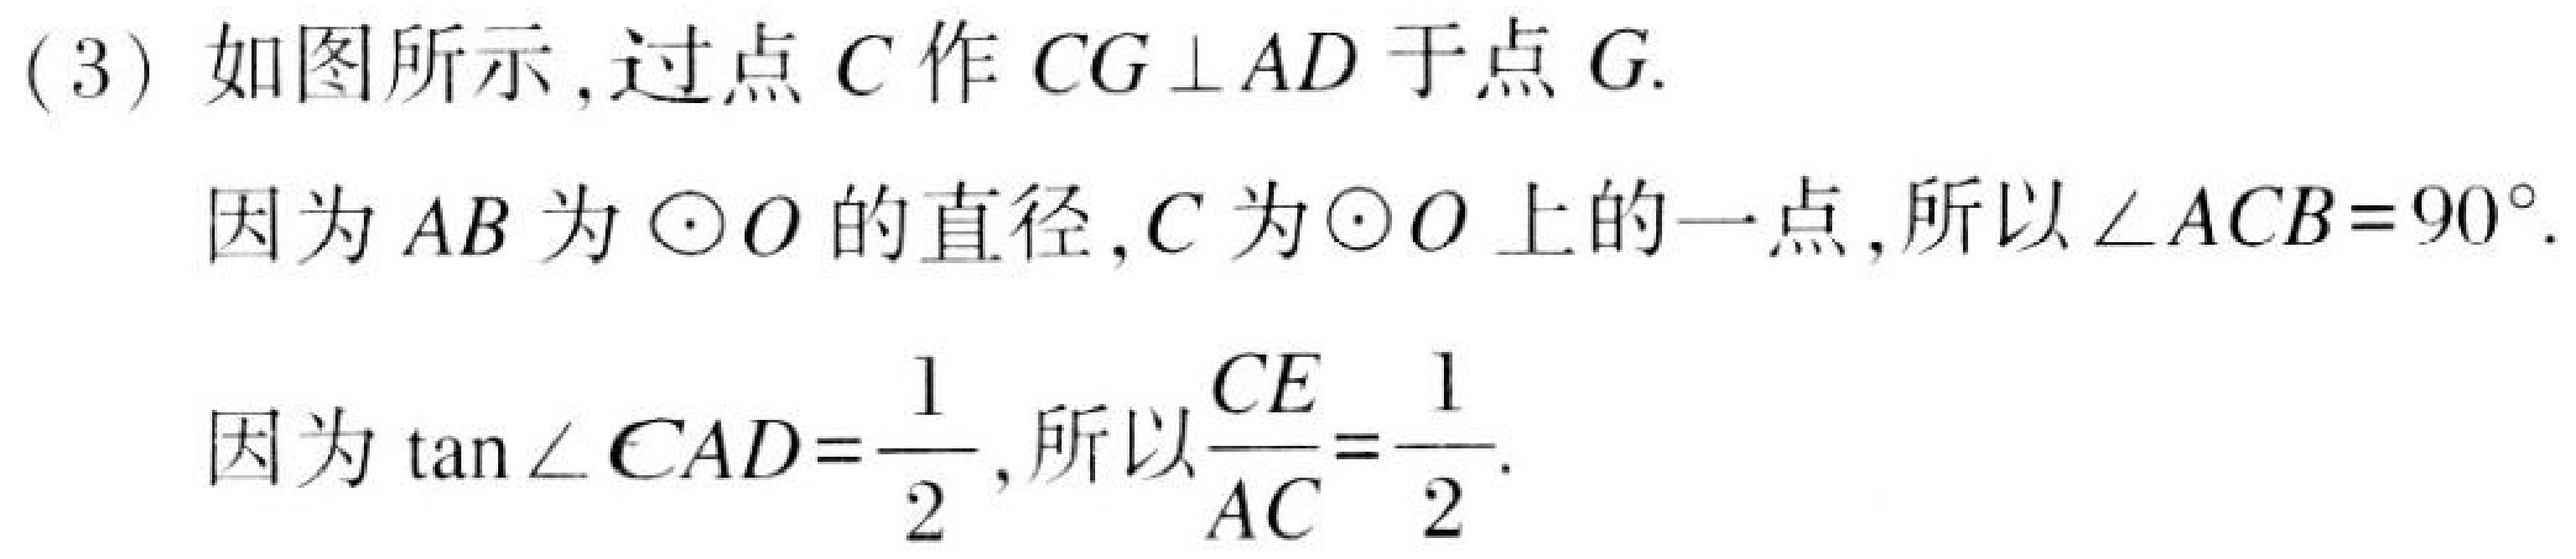
(3) 如图所示,过点\(C\)作\(CG\perp AD\)于点\(G\).

因为\(AB\)为\(\odot O\)的直径,\(C\)为\(\odot O\)上的一点,所以\(\angle ACB = 90^{\circ}\).

因为\(\tan\angle CAD=\frac{1}{2}\),所以\(\frac{CE}{AC}=\frac{1}{2}\).